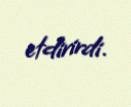
etdirirdi.